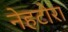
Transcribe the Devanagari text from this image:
नेहटोरा